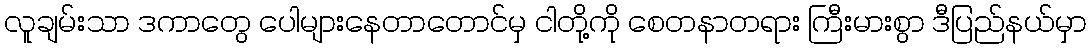
လူချမ်းသာ ဒကာတွေ ပေါများနေတာတောင်မှ ငါတို့ကို စေတနာတရား ကြီးမားစွာ ဒီပြည်နယ်မှာ